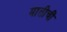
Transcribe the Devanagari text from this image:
मातीचीं